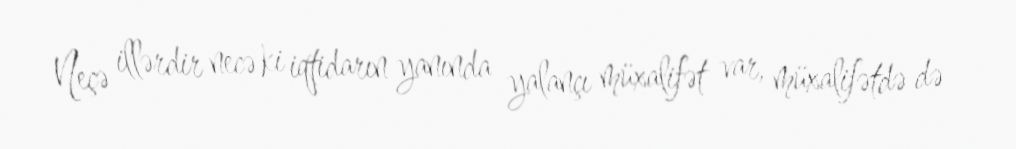
Neçə illərdir necə ki iqtidarın yanında yalançı müxalifət var, müxalifətdə də